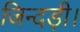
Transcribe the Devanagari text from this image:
जिन्दड़ी।